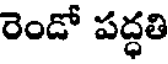
రెండో పద్ధతి